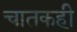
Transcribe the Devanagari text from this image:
चातकही